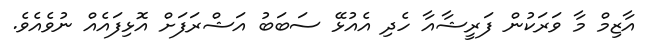
އާޒިމް މާ ވަރަކުން ފަރީޝާއާ ހެދި އެއުޅޭ ސަބަބު އަޝްރަފަށް އޮޅިފައެއް ނުވެއެވެ.